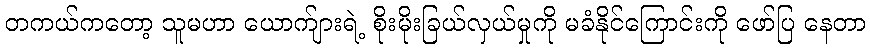
တကယ်ကတော့ သူမဟာ ယောက်ျားရဲ့ စိုးမိုးခြယ်လှယ်မှုကို မခံနိုင်ကြောင်းကို ဖော်ပြ နေတာ